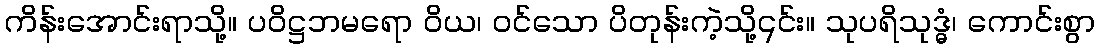
ကိန်းအောင်းရာသို့။ ပဝိဋ္ဌဘမရော ဝိယ၊ ဝင်သော ပိတုန်းကဲ့သို့၎င်း။ သုပရိသုဒ္ဓံ၊ ကောင်းစွာ